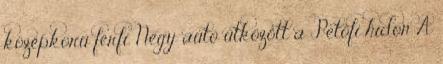
középkorú férfi. Négy autó ütközött a Petőfi hídon A